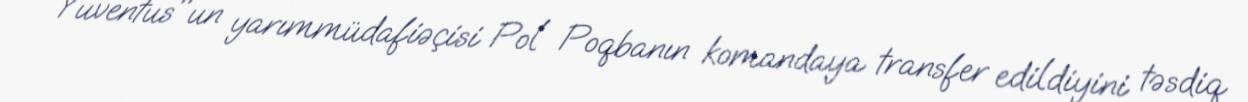
"Yuventus"un yarımmüdafiəçisi Pol Poqbanın komandaya transfer edildiyini təsdiq